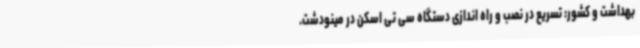
بهداشت و کشور: تسریع در نصب و راه اندازی دستگاه سی تی اسکن در مینودشت.